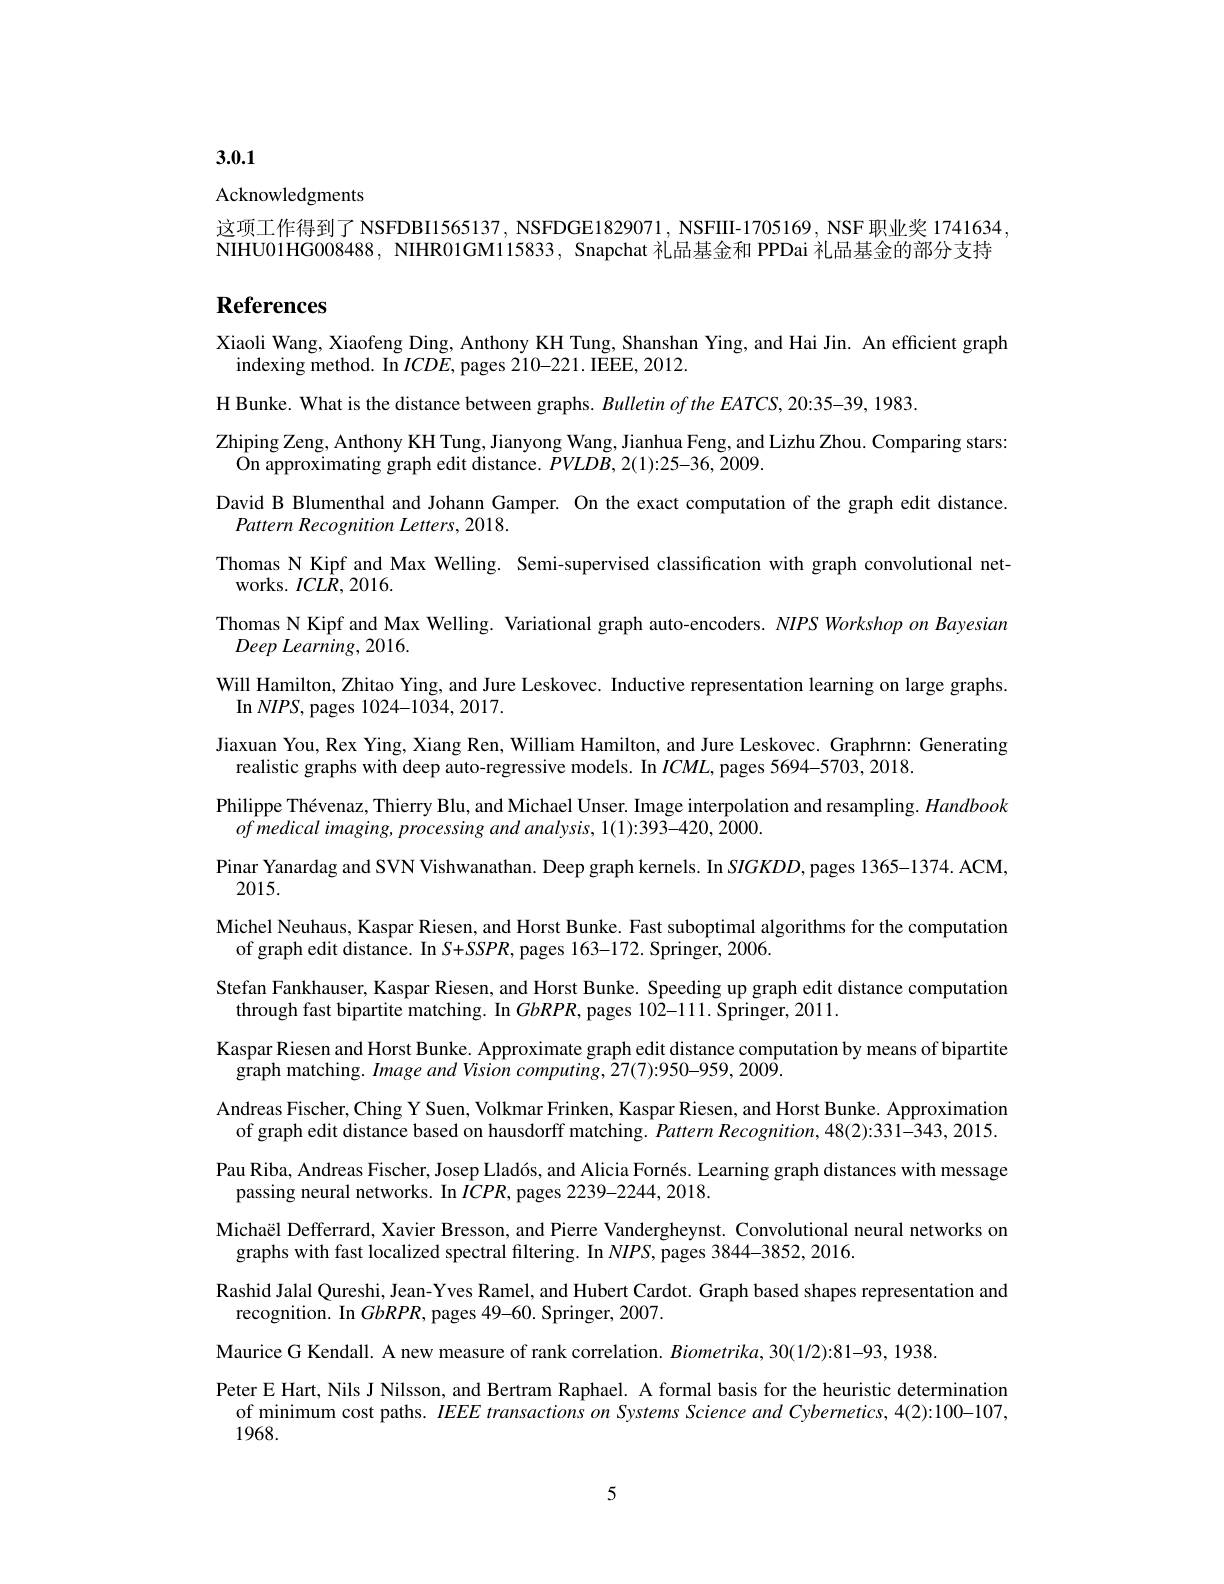
3.0.1

Acknowledgments

这项工作得到了 NSFDBI1565137, NSFDGE1829071, NSFIII-1705169, NSF 职业奖 1741634 NIHU01HG008488, NIHR01GM115833, Snapchat 礼品基金和 PPDai 礼品基金的部分支持

# References

Xiaoli Wang, Xiaofeng Ding, Anthony KH Tung, Shanshan Ying, and Hai Jin. An efficient graph
indexing method. In $ICDE$,pages 210-221. IEEE, 2012.
H Bunke. What is the distance between graphs. Bulletin of the EATCS, 20:35-39, 1983
$\operatorname*{Zhiping}$Zeng, Anthony KH Tung, Jianyong Wang, Jianhua Feng, and Lizhu Zhou. Comparing stars:
On approximating graph edit distance. $PVLDB,2(1):25-36,2009.$
David B Blumenthal and Johann Gamper. On the exact computation of the graph edit distance
$Pattern\textit{Recognition Letters, 2018}.$
Thomas N Kipf and Max Welling. Semi-supervised classification with graph convolutional net-
${\mathrm{works.~}ICLR,~2016.}$
Thomas N Kipf and Max Welling. Variational graph auto-encoders. $NIPS$ Workshop on Bayesian
$Deep\textit{Learning, 2016. }$
Will Hamilton, Zhitao Ying, and Jure Leskovec. Inductive representation learning on large graphs
In $NIPS$, pages 1024-1034,2017.
Jiaxuan You, Rex Ying, Xiang Ren, William Hamilton, and Jure Leskovec. Graphrnn: Generating
realistic graphs with deep auto-regressive models. In $ICML$, pages 5694-5703, 2018.
Philippe Thévenaz, Thierry Blu, and Michael Unser. Image interpolation and resampling. Handbook
ofmedical imaging, processing and analysis, 1(1):393-420, 2000.
Pinar Yanardag and SVN Vishwanathan. Deep graph kernels. In $SIGKDD$, pages 1365-1374. ACM,
2015.
Michel Neuhaus, Kaspar Riesen, and Horst Bunke. Fast suboptimal algorithms for the computation
of graph edit distance. In S+SSPR, pages 163-172. Springer, 2006.
Stefan Fankhauser, Kaspar Riesen, and Horst Bunke. Speeding up graph edit distance computation
through fast bipartite matching. In $GbRPR$, pages 102-111. Springer, 2011.
Kaspar Riesen and Horst Bunke. Approximate graph edit distance computation by means of bipartite
$\hat{\text{graph matching. Image and Vision computing, 27(7):950-959, 2009}}.$
Andreas Fischer, Ching Y Suen, Volkmar Frinken, Kaspar Riesen, and Horst Bunke. Approximation
of graph edit distance based on hausdorff matching. Pattern Recognition, 48(2):331-343, 2015. Pau Riba, Andreas Fischer, Josep Lladós, and Alicia Fornés. Learning graph distances with message
passing neural networks. In $ICPR$, pages 2239-2244, 2018.
Michaël Defferrard, Xavier Bresson, and Pierre Vandergheynst. Convolutional neural networks on
graphs with fast localized spectral filtering. In $NIPS$, pages 3844-3852, 2016.
Rashid Jalal Qureshi, Jean-Yves Ramel, and Hubert Cardot. Graph based shapes representation and
recognition. In $GbRPR$, pages 49-60. Springer, 2007.
Maurice G Kendall. A new measure of rank correlation. Biometrika, 30(1/2):81-93, 1938
Peter E Hart, Nils J Nilsson, and Bertram Raphael. A formal basis for the heuristic determination
of minimum cost paths. IEEE transactions on Systems Science and Cybernetics, 4(2):100-107,
1968.

5